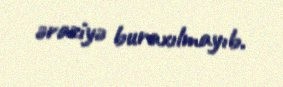
əraziyə buraxılmayıb.